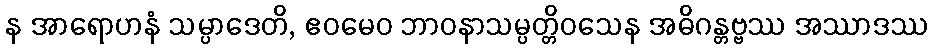
န အာရောဟနံ သမ္ပာဒေတိ, ဧဝမေဝ ဘာဝနာသမ္ပတ္တိဝသေန အဓိဂန္တဗ္ဗဿ အဿာဒဿ